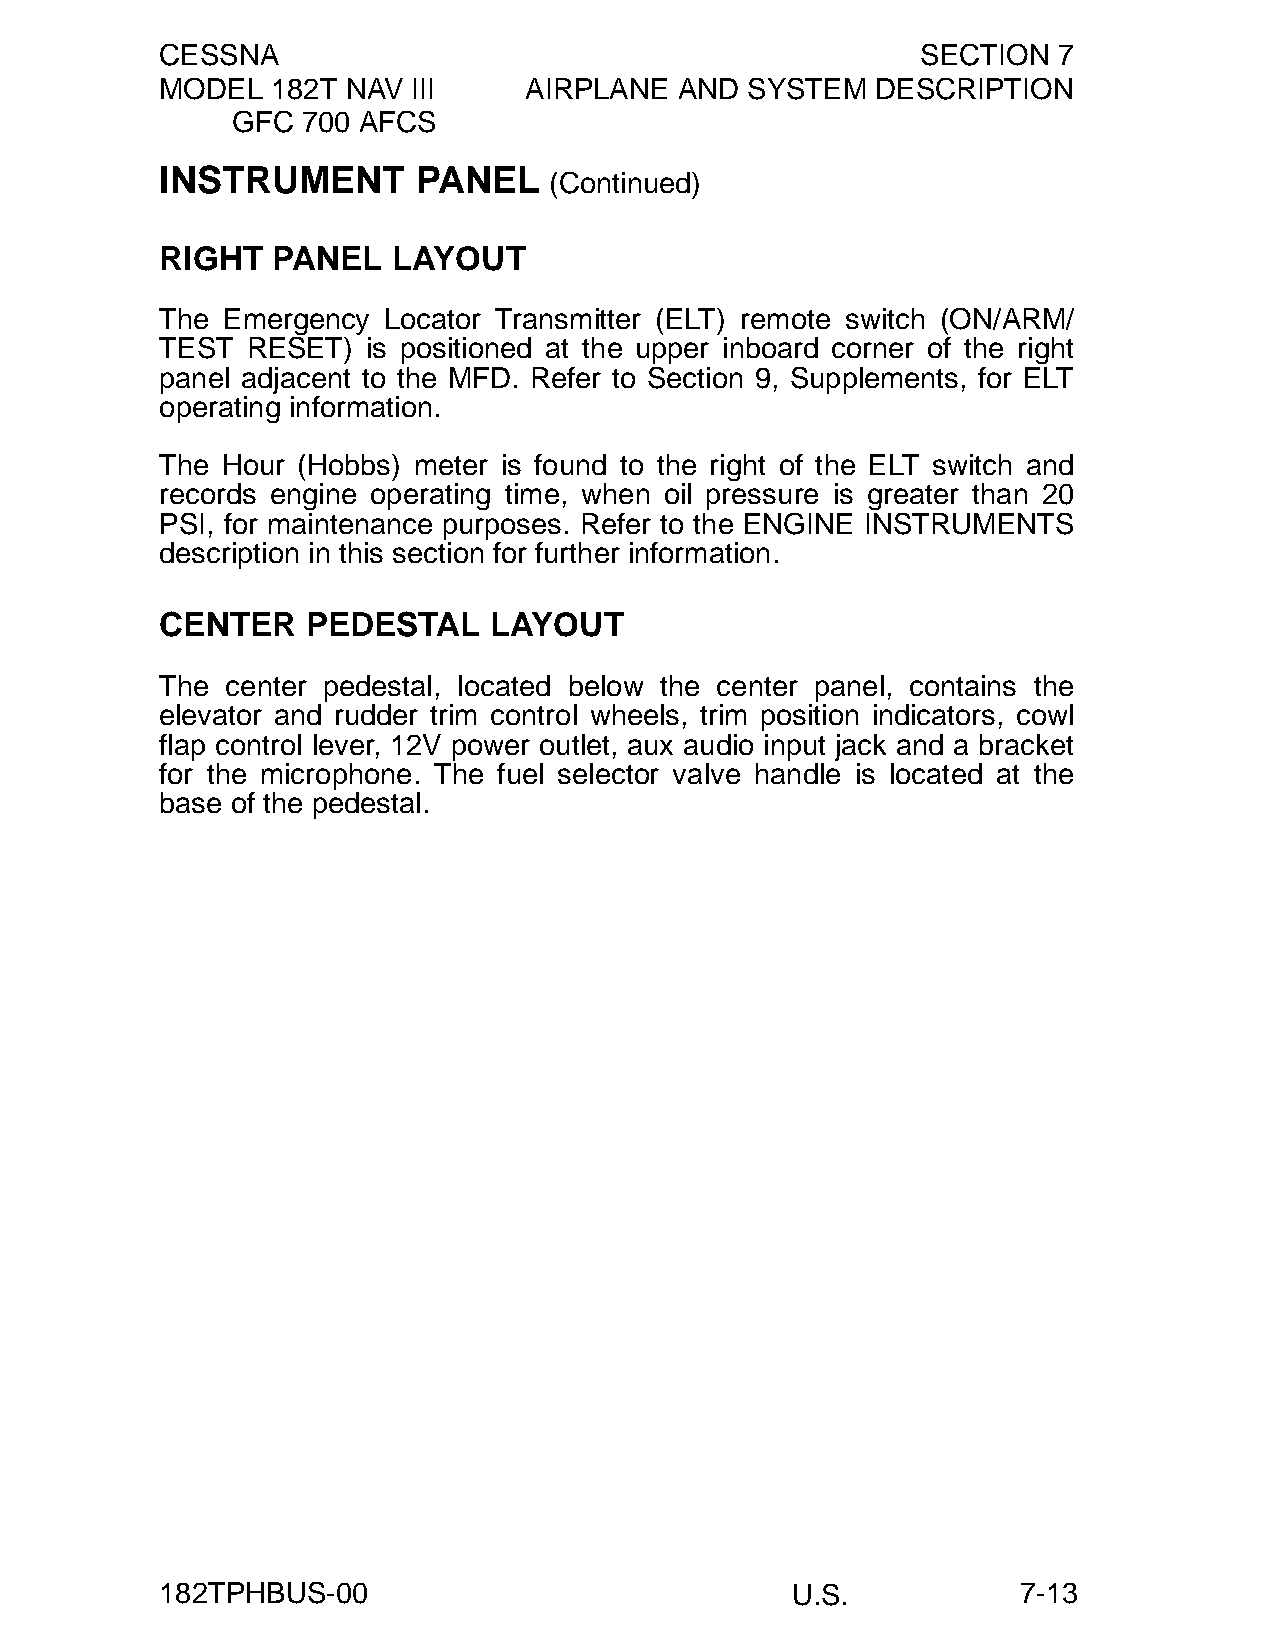
CESSNA                                            SECTION  7
 MODEL  182T NAV III     AIRPLANE  AND SYSTEM   DESCRIPTION
 GFC  700 AFCS
 INSTRUMENT       PANEL
 (Continued)
 RIGHT  PANEL   LAYOUT
 The Emergency Locator Transmitter (ELT) remote switch (ON/ARM/
 TEST RESET)  is positioned at the upper inboard corner of the right
 panel adjacent to the MFD. Refer to Section 9, Supplements, for ELT
 operating information.
 The Hour (Hobbs) meter is found to the right of the ELT switch and
 records engine operating time, when oil pressure is greater than 20
 PSI, for maintenance purposes. Refer to the ENGINE INSTRUMENTS
 description in this section for further information.
 CENTER   PEDESTAL    LAYOUT
 The center pedestal, located below the center panel, contains the
 elevator and rudder trim control wheels, trim position indicators, cowl
 flap control lever, 12V power outlet, aux audio input jack and a bracket
 for the microphone. The fuel selector valve handle is located at the
 base of the pedestal.
 182TPHBUS-00                             U.S.            7-13